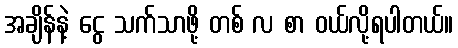
အချိန်နဲ့ ငွေ သက်သာဖို့ တစ် လ စာ ဝယ်လို့ရပါတယ်။